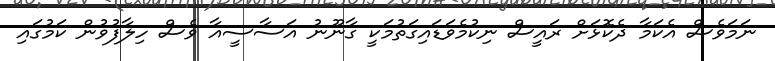
ނަމަވެސް އެކަމާ ދެކޮޅަށް ރައީސް ނިކުމެވަޑައިގަތުމަކީ ގާނޫނު އަސާސީއާ ވެސް ހިލާފުވުން ކަމުގައި